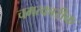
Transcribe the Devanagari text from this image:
चमत्कारीक